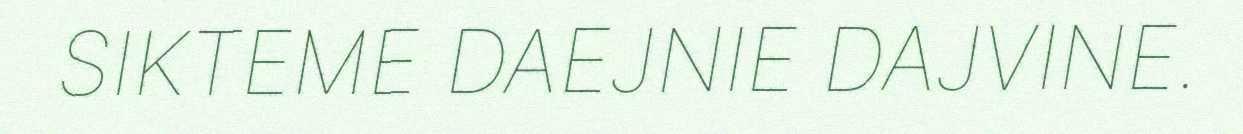
SIKTEME DAEJNIE DAJVINE.